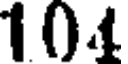
104